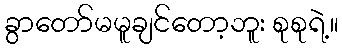
ခွာတော်မမူချင်တော့ဘူး စုစုရဲ့။